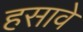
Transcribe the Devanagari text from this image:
हसावे